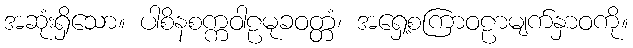
အဆုံးရှိသော။ ပါစိနစက္ကဝါဠမုခဝတ္တံ၊ အရှေ့စကြာဝဠာမျက်နှာဝကို။